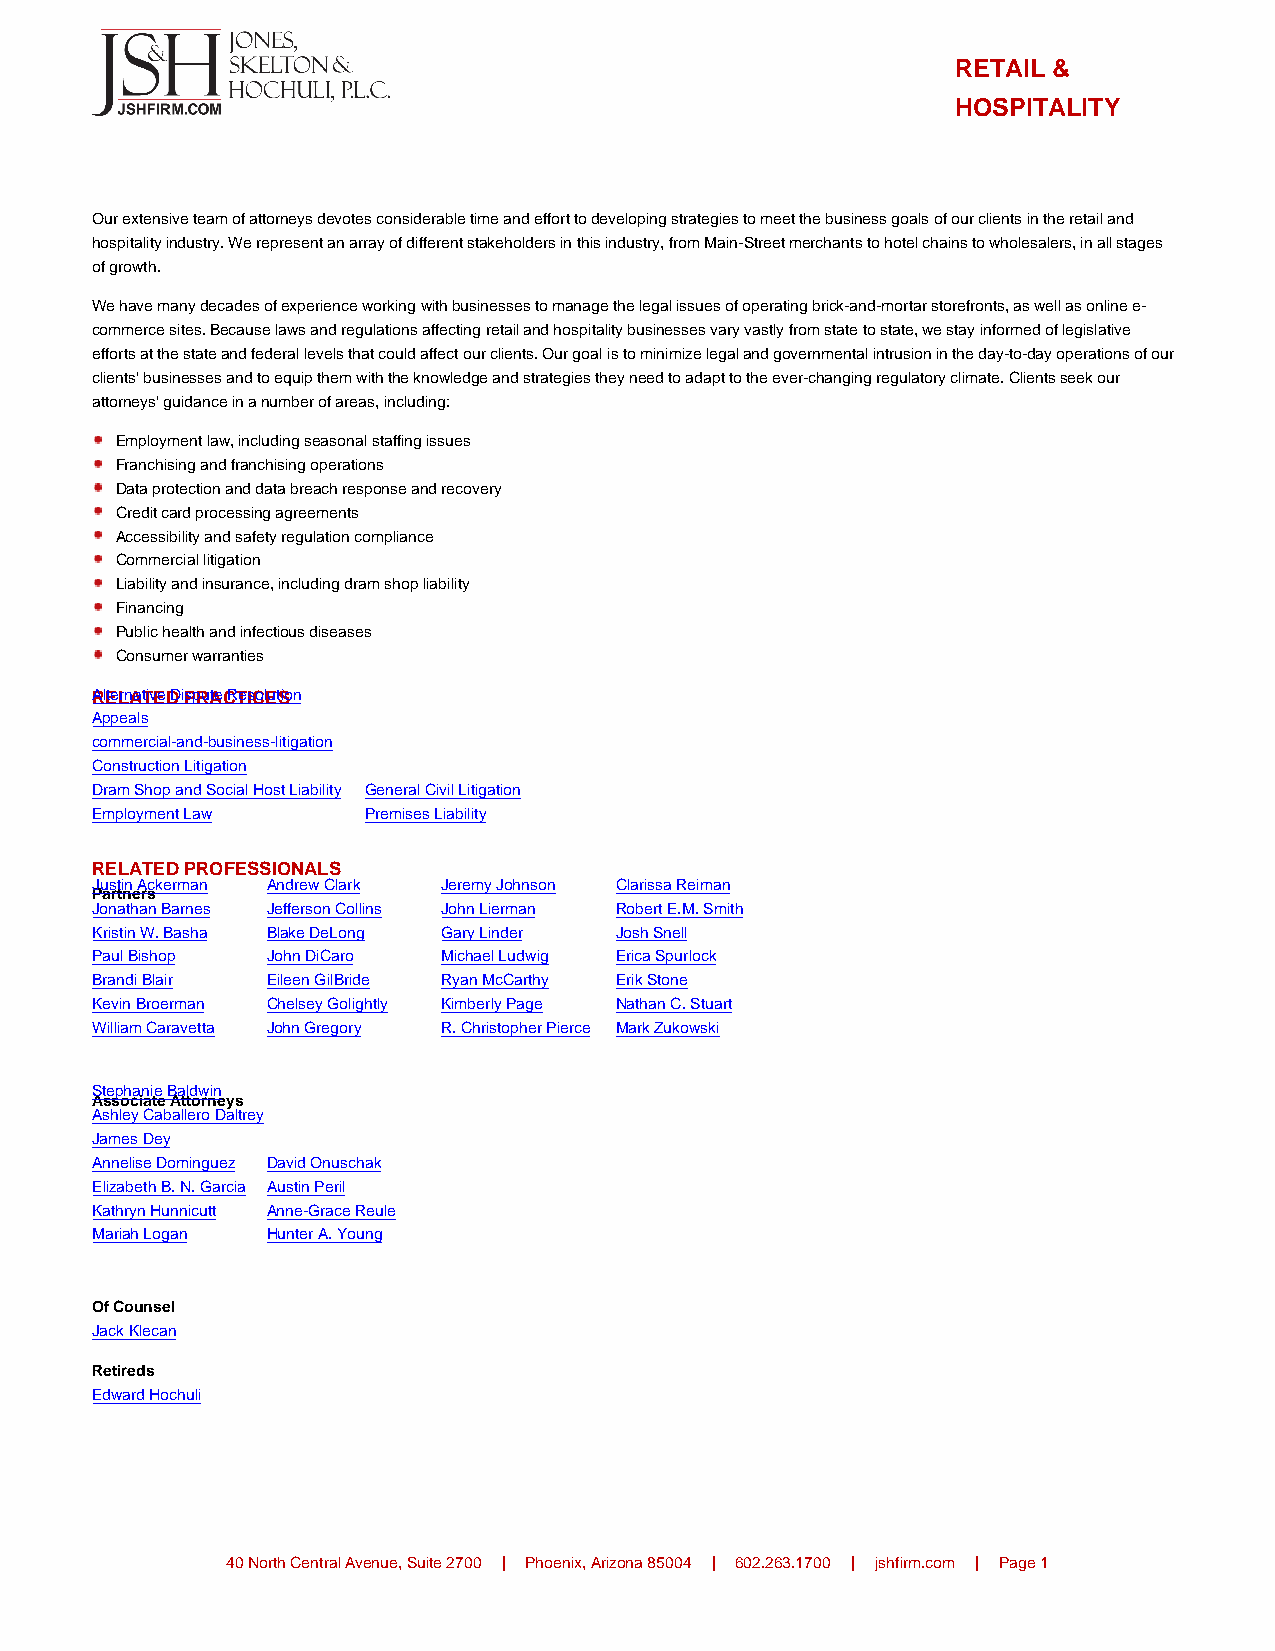
RETAIL &
 HOSPITALITY
 Our extensive team of attorneys devotes considerable time and effort to developing strategies to meet the business goals of our clients in the retail and
 hospitality industry. We represent an array of different stakeholders in this industry, from Main-Street merchants to hotel chains to wholesalers, in all stages
 of growth.
 We have many decades of experience working with businesses to manage the legal issues of operating brick-and-mortar storefronts, as well as online e-
 commerce sites. Because laws and regulations affecting retail and hospitality businesses vary vastly from state to state, we stay informed of legislative
 efforts at the state and federal levels that could affect our clients. Our goal is to minimize legal and governmental intrusion in the day-to-day operations of our
 clients’ businesses and to equip them with the knowledge and strategies they need to adapt to the ever-changing regulatory climate. Clients seek our
 attorneys’ guidance in a number of areas, including:
 Employment law, including seasonal staffing issues
 Franchising and franchising operations
 Data protection and data breach response and recovery
 Credit card processing agreements
 Accessibility and safety regulation compliance
 Commercial litigation
 Liability and insurance, including dram shop liability
 Financing
 Public health and infectious diseases
 Consumer warranties
 RAlEteLrnAatTivEeD D iPspRuAteC RTeIsColEutSion
 Appeals
 commercial-and-business-litigation
 Construction Litigation
 Dram Shop and Social Host Liability General Civil Litigation
 Employment Law    Premises Liability
 RELATED PROFESSIONALS
 Justin Ackerman Andrew Clark Jeremy Johnson Clarissa Reiman
 Partners
 Jonathan Barnes Jefferson Collins John Lierman Robert E.M. Smith
 Kristin W. Basha Blake DeLong Gary Linder Josh Snell
 Paul Bishop John DiCaro Michael Ludwig Erica Spurlock
 Brandi Blair Eileen GilBride Ryan McCarthy Erik Stone
 Kevin Broerman Chelsey Golightly Kimberly Page Nathan C. Stuart
 William Caravetta John Gregory R. Christopher Pierce Mark Zukowski
 Stephanie Baldwin
 Associate Attorneys
 Ashley Caballero Daltrey
 James Dey
 Annelise Dominguez David Onuschak
 Elizabeth B. N. Garcia Austin Peril
 Kathryn Hunnicutt Anne-Grace Reule
 Mariah Logan Hunter A. Young
 Of Counsel
 Jack Klecan
 Retireds
 Edward Hochuli
 40 North Central Avenue, Suite 2700 | Phoenix, Arizona 85004 | 602.263.1700 | jshfirm.com | Page 1